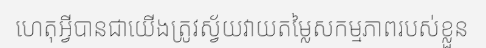
ហេតុអ្វីបានជាយើងត្រូវស្វ័យវាយតម្លៃសកម្មភាពរបស់ខ្លួន